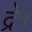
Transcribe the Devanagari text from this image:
द्रेष